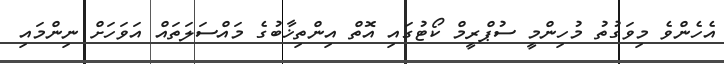
އެހެންވެ މިވަގުތު މުހިންމީ ސުޕްރީމް ކޯޓުގައި އޮތް އިންތިޚާބުގެ މައްސަލަތައް އަވަހަށް ނިންމައި